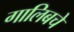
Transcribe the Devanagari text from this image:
गालिबचे